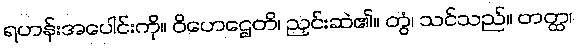
ရဟန်းအပေါင်းကို။ ဝိဟေဌေတိ၊ ညှင်းဆဲ၏။ တွံ၊ သင်သည်။ တတ္ထ၊